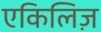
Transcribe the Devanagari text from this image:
एकिलिज़